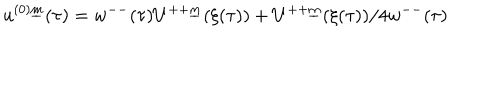
u ^ { ( 0 ) \underline { { { m } } } } ( \tau ) = w ^ { -- } ( \tau ) U ^ { + + \underline { { { m } } } } ( \xi ( \tau ) ) + U ^ { + + \underline { { { m } } } } ( \xi ( \tau ) ) / 4 w ^ { -- } ( \tau )